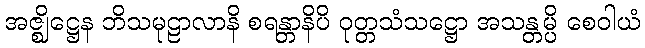
အဇ္ဈိဋ္ဌေန ဘိသမုဠာလာနိ စရန္တာနိပိ ဝုတ္တသံသဋ္ဌော အသန္တမ္ပိ စေဝါယံ